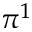
\pi ^ { 1 }